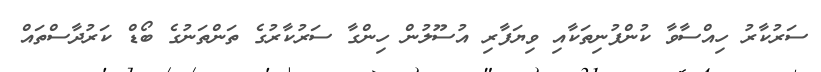
ސަރުކާރު ހިއްސާވާ ކުންފުނިތަކާއި ވިޔަފާރި އުސޫލުން ހިންގާ ސަރުކާރުގެ ތަންތަނުގެ ބޯޑް ކަރުދާސްތައް